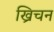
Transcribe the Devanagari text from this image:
ख्रिचन